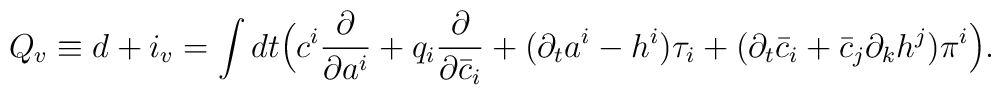
Q_v \equiv d + i_v=\int dt\Bigl(c^i \frac{\partial}{\partial     a^i}+q_i \frac{\partial}{\partial\bar c_i}+(\partial_t a^i-h^i) \tau_i+(\partial_t \bar c_i+\bar c_j\partial_kh^j) \pi^i\Bigr).